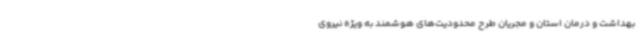
بهداشت و درمان استان و مجریان طرح محدودیت‌های هوشمند به ویژه نیروی